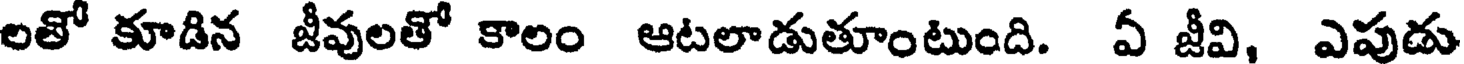
లతో కూడిన జీవులతో కాలం ఆటలాడుతూంటుంది. ఏ జీవి, ఎపుడు